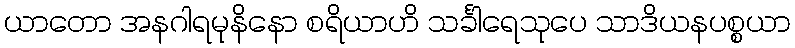
ယာတော အနဂါရမုနိနော စရိယာဟိ သင်္ခါရေသုပေ သာဒိယနပစ္စယာ